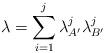
LaTeX: \begin{align*}\lambda = \sum_{i=1}^j \lambda_{A'}^j \lambda_{B'}^j\end{align*}